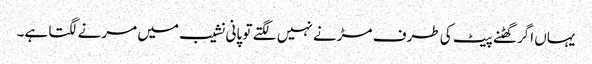
یہاں اگر گھٹنے پیٹ کی طرف مڑنے نہیں لگتے تو پانی نشیب میں مرنے لگتا ہے۔